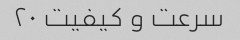
سرعت و کیفیت ۲۰